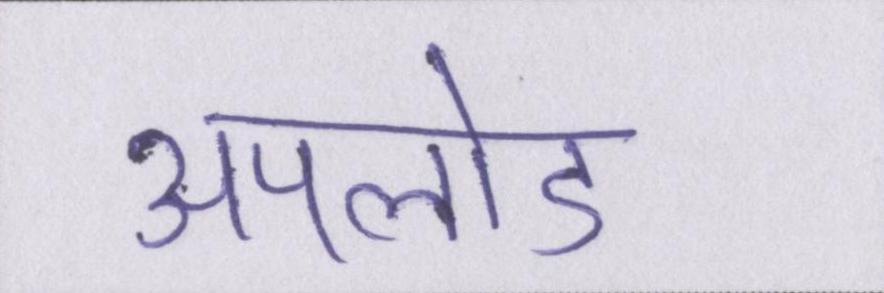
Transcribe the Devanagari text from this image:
अपलोड